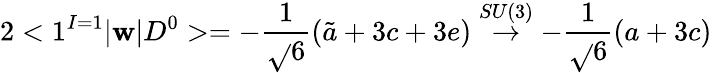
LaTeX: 2<1^{I=1}|\mathbf{w}|D^{0}>=-\frac{{1}}{{\sqrt{}{{6}}}}(\tilde{{a}}+3c+3e)\stackrel{SU(3)}{\rightarrow}-\frac{{1}}{{\sqrt{}{{6}}}}(a+3c)